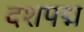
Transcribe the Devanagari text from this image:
दशपद्म